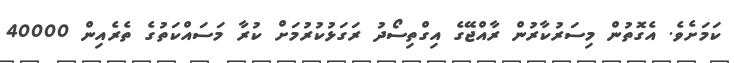
ކަމަށެވެ. އެގޮތުން މިސަރުކާރުން ރާއްޖޭގެ އިގްތިސޯދު ރަގަޅުކުރުމަށް ކުރާ މަސައްކަތުގެ ތެރެއިން 40000